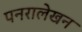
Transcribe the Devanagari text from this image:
पनरालेखन